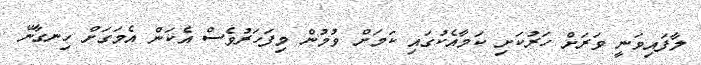
ލާފައިވަނީ ވަރަށް ހަރުކަށި ކަމާއެކުގައި ކަމަށް ވުމުން މިފަހަރުވެސް އެކަން އެމަގަށް ހިނގާނޭ